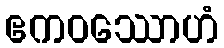
ဧကဝဿောဟံ